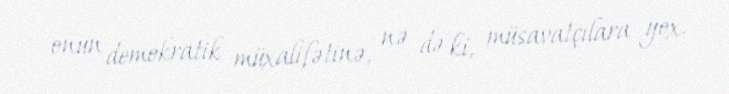
onun demokratik müxalifətinə, nə də ki, müsavatçılara yox.